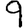
Digit: 9